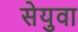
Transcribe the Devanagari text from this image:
सेयुवा